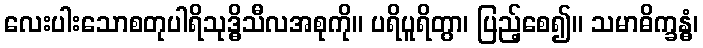
လေးပါးသောစတုပါရိသုဒ္ဓိသီလအစုကို။ ပရိပူရိတွာ၊ ပြည့်စေ၍။ သမာဓိက္ခန္ဓံ၊